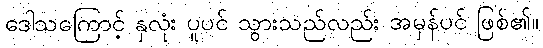
ဒေါသကြောင့် နှလုံး ပူပင် သွားသည်လည်း အမှန်ပင် ဖြစ်၏။